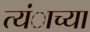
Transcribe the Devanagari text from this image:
त्यंाच्या